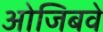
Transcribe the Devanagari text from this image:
ओजिबवे